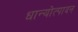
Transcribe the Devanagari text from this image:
धान्योत्पादन